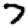
Digit: 7